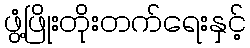
ဖွံ့ဖြိုးတိုးတက်ရေးနှင့်